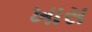
ખાસ